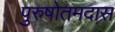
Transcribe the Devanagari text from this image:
पुरुषोतमदास